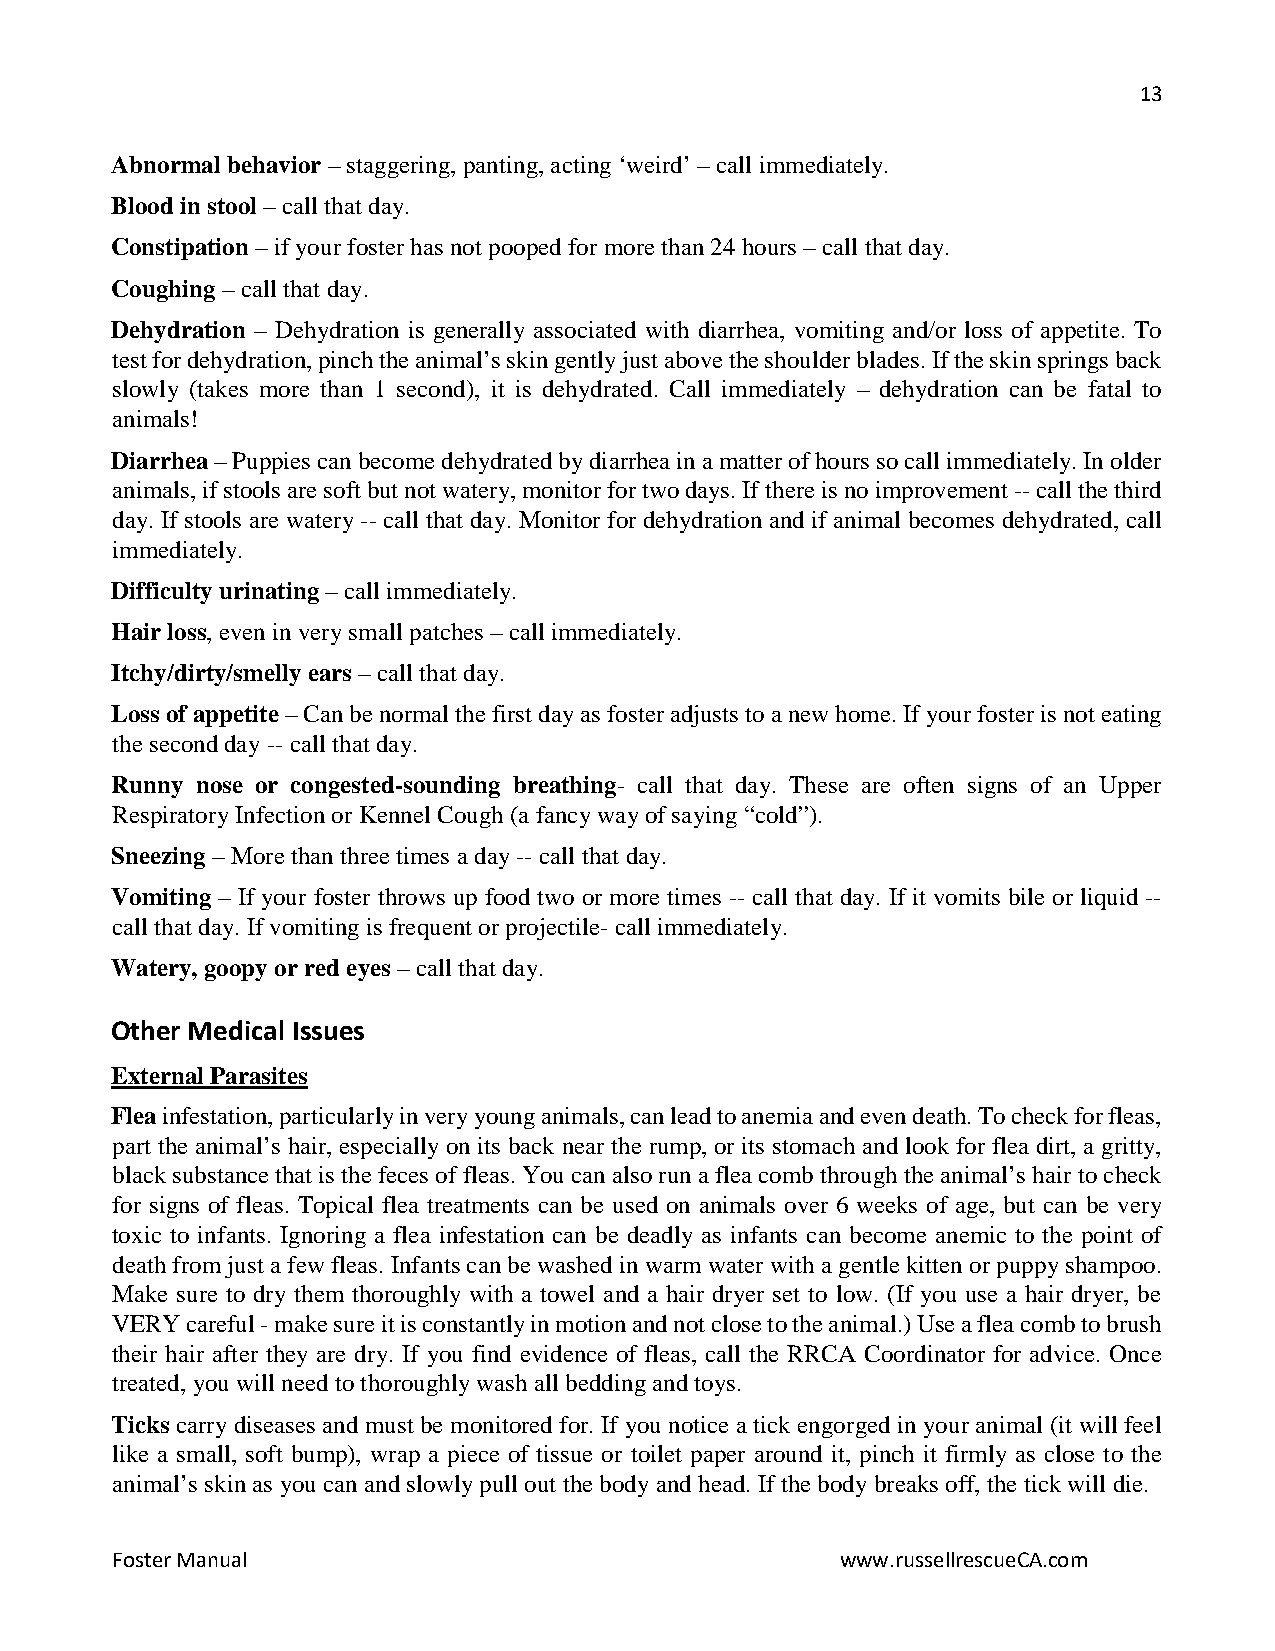
13
 Abnormal behavior – staggering, panting, acting ‘weird’ – call immediately.
 Blood in stool – call that day.
 Constipation – if your foster has not pooped for more than 24 hours – call that day.
 Coughing – call that day.
 Dehydration – Dehydration is generally associated with diarrhea, vomiting and/or loss of appetite. To
 test for dehydration, pinch the animal’s skin gently just above the shoulder blades. If the skin springs back
 slowly (takes more than 1 second), it is dehydrated. Call immediately – dehydration can be fatal to
 animals!
 Diarrhea – Puppies can become dehydrated by diarrhea in a matter of hours so call immediately. In older
 animals, if stools are soft but not watery, monitor for two days. If there is no improvement -- call the third
 day. If stools are watery -- call that day. Monitor for dehydration and if animal becomes dehydrated, call
 immediately.
 Difficulty urinating – call immediately.
 Hair loss, even in very small patches – call immediately.
 Itchy/dirty/smelly ears – call that day.
 Loss of appetite – Can be normal the first day as foster adjusts to a new home. If your foster is not eating
 the second day -- call that day.
 Runny nose or congested-sounding breathing- call that day. These are often signs of an Upper
 Respiratory Infection or Kennel Cough (a fancy way of saying “cold”).
 Sneezing – More than three times a day -- call that day.
 Vomiting – If your foster throws up food two or more times -- call that day. If it vomits bile or liquid --
 call that day. If vomiting is frequent or projectile- call immediately.
 Watery, goopy or red eyes – call that day.
 Other Medical Issues
 External Parasites
 Flea infestation, particularly in very young animals, can lead to anemia and even death. To check for fleas,
 part the animal’s hair, especially on its back near the rump, or its stomach and look for flea dirt, a gritty,
 black substance that is the feces of fleas. You can also run a flea comb through the animal’s hair to check
 for signs of fleas. Topical flea treatments can be used on animals over 6 weeks of age, but can be very
 toxic to infants. Ignoring a flea infestation can be deadly as infants can become anemic to the point of
 death from just a few fleas. Infants can be washed in warm water with a gentle kitten or puppy shampoo.
 Make sure to dry them thoroughly with a towel and a hair dryer set to low. (If you use a hair dryer, be
 VERY careful - make sure it is constantly in motion and not close to the animal.) Use a flea comb to brush
 their hair after they are dry. If you find evidence of fleas, call the RRCA Coordinator for advice. Once
 treated, you will need to thoroughly wash all bedding and toys.
 Ticks carry diseases and must be monitored for. If you notice a tick engorged in your animal (it will feel
 like a small, soft bump), wrap a piece of tissue or toilet paper around it, pinch it firmly as close to the
 animal’s skin as you can and slowly pull out the body and head. If the body breaks off, the tick will die.
 Foster Manual                                    www.russellrescueCA.com